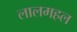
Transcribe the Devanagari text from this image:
लालमहल